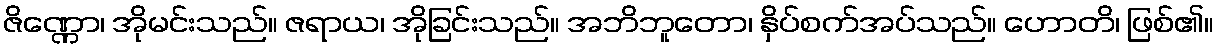
ဇိဏ္ဏော၊ အိုမင်းသည်။ ဇရာယ၊ အိုခြင်းသည်။ အဘိဘူတော၊ နှိပ်စက်အပ်သည်။ ဟောတိ၊ ဖြစ်၏။